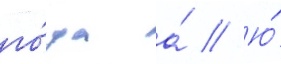
го́да а́ // Ю́